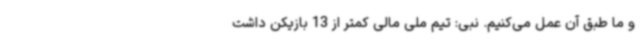
و ما طبق آن عمل می‌کنیم. نبی: تیم ملی مالی کمتر از 13 بازیکن داشت